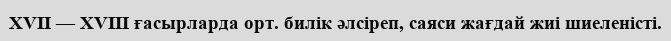
XVII — XVIII ғасырларда орт. билік әлсіреп, саяси жағдай жиі шиеленісті.